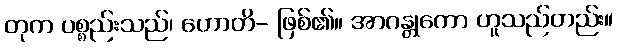
တုက ပစ္စည်းသည်၊ ဟောတိ- ဖြစ်၏။ အာဂန္တုကော ဟူသည်တည်း။